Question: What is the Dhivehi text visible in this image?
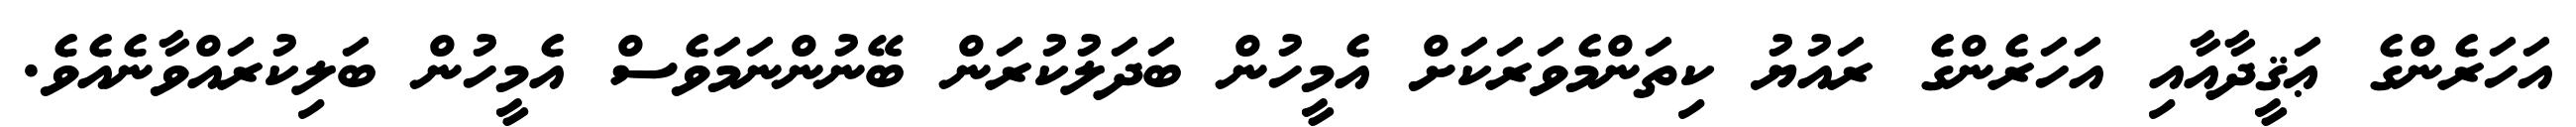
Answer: އަހަރެންގެ ޢަޤީދާއާއި އަހަރެންގެ ރައުޔު ކިތަންމެވަރަކަށް އެމީހުން ބަދަލުކުރަން ބޭނުންނަމަވެސް އެމީހުން ބަލިކުރައްވާނެއެވެ.